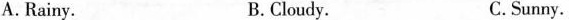
A.Rainy. B. Cloudy. C.Sunny.